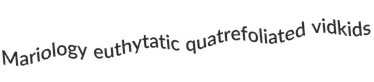
Mariology euthytatic quatrefoliated vidkids